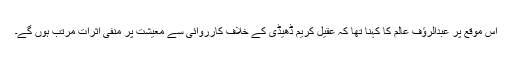
اس موقع پر عبدالرؤف عالم کا کہنا تھا کہ عقیل کریم ڈھیڈی کے خلاف کارروائی سے معیشت پر منفی اثرات مرتب ہوں گے۔